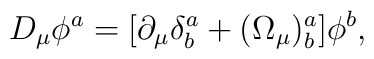
D_\mu\phi^a=[\partial_\mu\delta^a_b+(\Omega_\mu)^a_b]\phi^b,